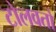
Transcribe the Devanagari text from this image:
टोलवतो